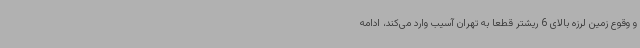
و وقوع زمین لرزه بالای 6 ریشتر قطعا به تهران آسیب وارد می‌کند، ادامه